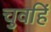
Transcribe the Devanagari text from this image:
चुवहिं